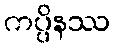
ကပ္ပိနဿ